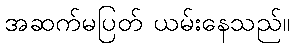
အဆက်မပြတ် ယမ်းနေသည်။